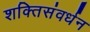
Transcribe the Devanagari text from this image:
शक्तिसंवर्धन